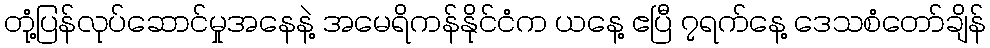
တုံ့ပြန်လုပ်ဆောင်မှုအနေနဲ့ အမေရိကန်နိုင်ငံက ယနေ့ ဧပြီ ၇ရက်နေ့ ဒေသစံတော်ချိန်